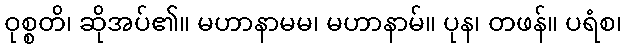
ဝုစ္စတိ၊ ဆိုအပ်၏။ မဟာနာမမ၊ မဟာနာမ်။ ပုန၊ တဖန်။ ပရံစ၊